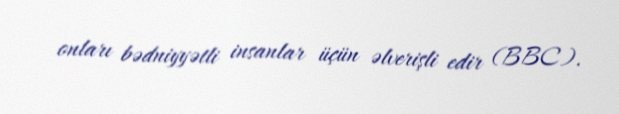
onları bədniyyətli insanlar üçün əlverişli edir (BBC).